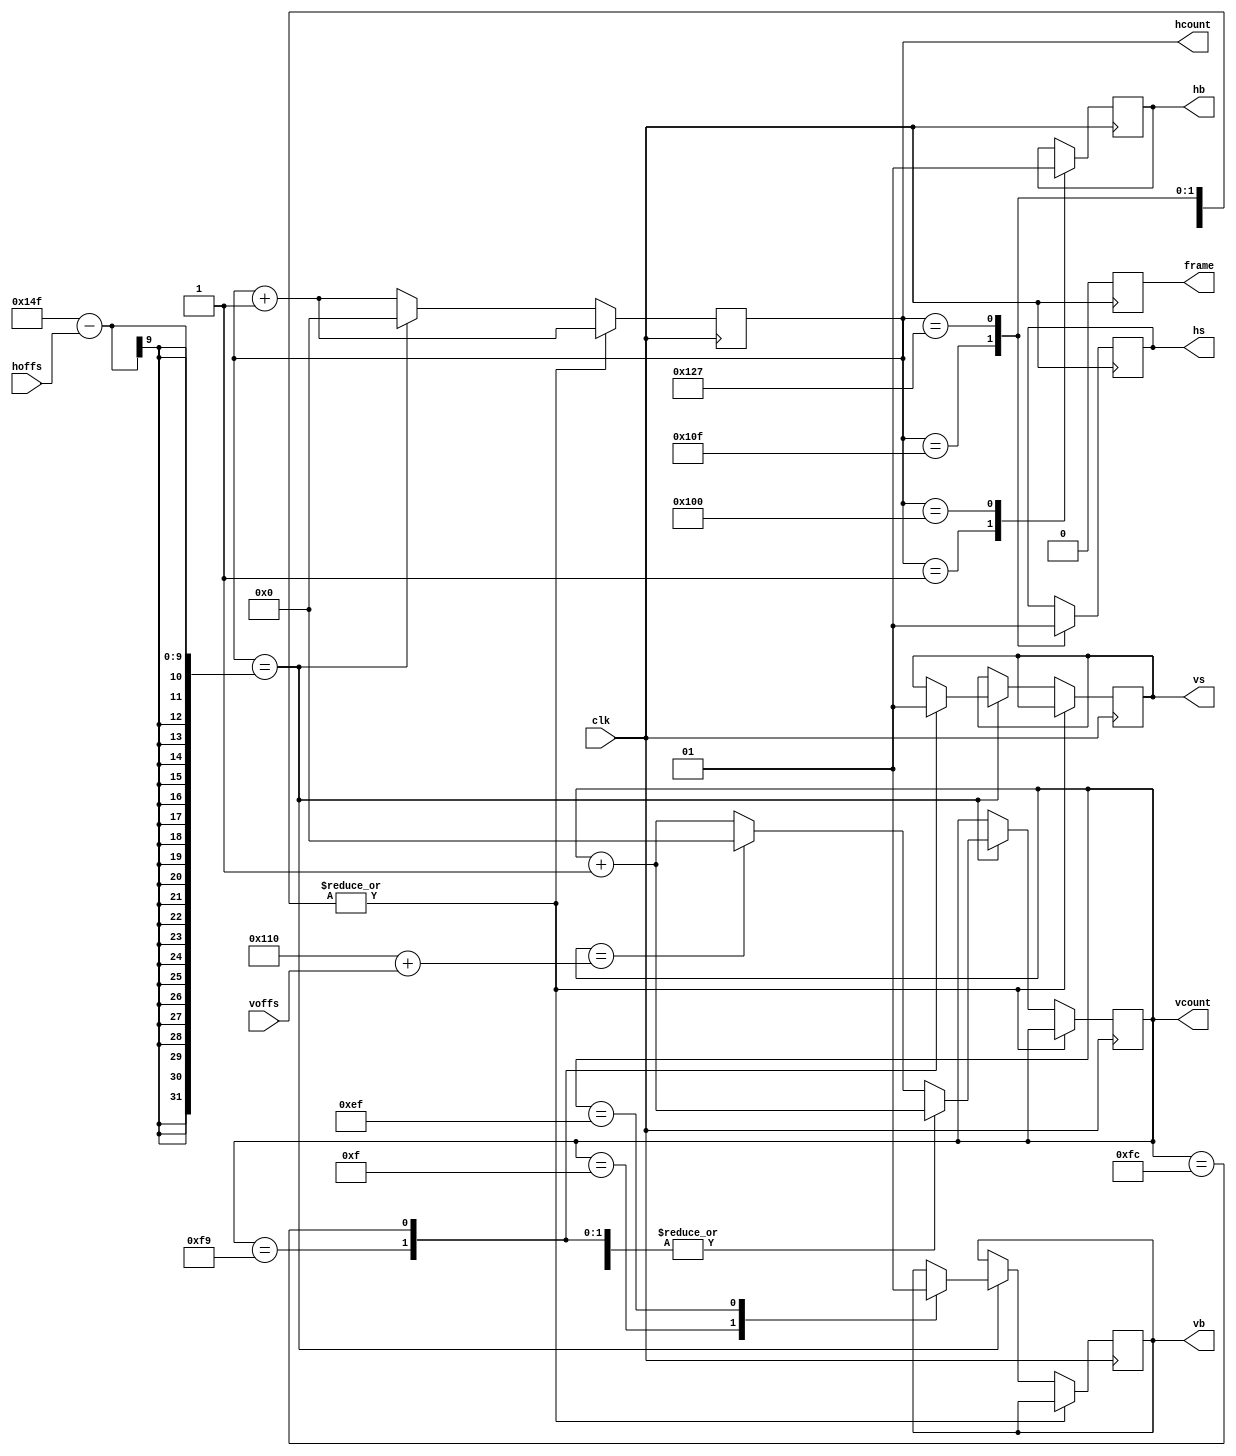

module video(
  input clk,
  output reg hs,
  output reg vs,
  output reg hb,
  output reg vb,
  output reg [8:0] hcount,
  output reg [8:0] vcount,
  output reg frame,
  input [4:0] hoffs,
  input [2:0] voffs
);

initial begin
  hs <= 1'b1;
  vs <= 1'b1;
end

always @(posedge clk) begin
  frame <= 1'b0;
  hcount <= hcount + 9'd1;
  case (hcount)
    1: hb <= 1'b0;
    256: hb <= 1'b1;
    271: hs <= 1'b0;
    295: hs <= 1'b1;
    335-hoffs: begin
      vcount <= vcount + 9'd1;
      hcount <= 9'b0;
      case (vcount)
         15: vb <= 1'b0;
        239: vb <= 1'b1;
        249: vs <= 1'b0;
        252: vs <= 1'b1;
        272+voffs: vcount <= 9'd0;
      endcase
    end
  endcase
end

endmodule